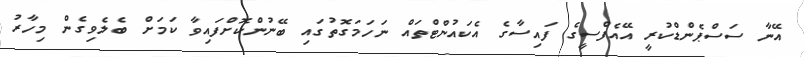
އޭނާ ސަސްޕެންޑްކުރީ އޭއެފްސީގެ ފައިސާގެ އެކައުންޓްތައް ނަހަމަގޮތުގައި ބޭނުންކޮށްފައިވާ ކަމަށް ބެލެވިގެން މިހާރު